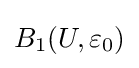
B_{1}(U,\varepsilon _{0})